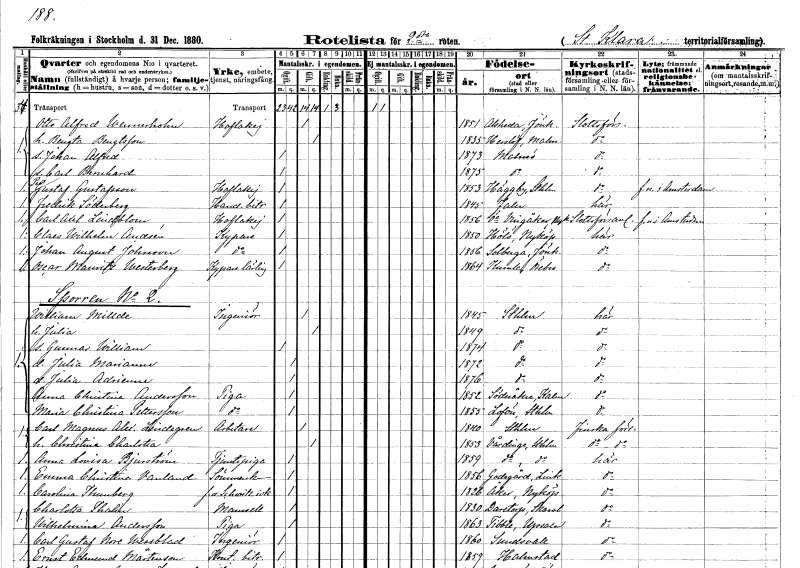
gt_parse: households: individuals: FN: Otto Alfred
EN: Wennerholm
YRKE: Hovlakej
KON: M
CIV: G
FODAR: 1851
FODFORS: Alseda Jönköpings län
FN: Bengta
EN: Bengtsson
KON: K
CIV: G
FODAR: 1835
FODFORS: Härslöv Malmöhus län
FN: Johan Alfred
KON: M
CIV: O
FODAR: 1873
FODFORS: Malmö Malmöhus län
FN: Carl Bernhard
KON: M
CIV: O
FODAR: 1875
FODFORS: Malmö Malmöhus län
FN: Per Gustaf
EN: Gustafsson
YRKE: Hovlakej
KON: M
CIV: O
FODAR: 1853
FODFORS: Häggeby Uppsala län
FN: Fredrik
EN: Söderberg
YRKE: Handelsbiträde
KON: M
CIV: O
FODAR: 1845
FODFORS: Falun Kopparbergs län
FN: Carl Axel
EN: Lindblom
YRKE: Hovlakej
KON: M
CIV: O
FODAR: 1856
FODFORS: Östra Vingåker Södermanlands län
FN: Claes Wilhelm
EN: Andsén
YRKE: Kypare
KON: M
CIV: O
FODAR: 1850
FODFORS: Hölö Stockholms län
FN: Johan August
EN: Johnson
YRKE: Kypare
KON: M
CIV: O
FODAR: 1856
FODFORS: Solberga Jönköpings län
FN: Oscar Mauritz
EN: Westerberg
YRKE: Kyparelärling
KON: M
CIV: O
FODAR: 1864
FODFORS: Kumla Örebro län
FN: William
EN: Millde
YRKE: Ingenjör
KON: M
CIV: G
FODAR: 1845
FODFORS: Stockholm
FN: Julia
KON: K
CIV: G
FODAR: 1849
FODFORS: Stockholm
FN: Gunnar William
KON: M
CIV: O
FODAR: 1874
FODFORS: Stockholm
FN: Julia Marianne
KON: K
CIV: O
FODAR: 1872
FODFORS: Stockholm
FN: Julia Adrienne
KON: K
CIV: O
FODAR: 1876
FODFORS: Stockholm
FN: Anna Christina
EN: Andersson
YRKE: Piga
KON: K
CIV: O
FODAR: 1852
FODFORS: Söderåkra Kalmar län
FN: Maria Christina
EN: Pettersson
YRKE: Piga
KON: K
CIV: O
FODAR: 1855
FODFORS: Lovö Stockholms län
FN: Carl Magnus Alexander
EN: Lindegren
YRKE: Arbetare
KON: M
CIV: G
FODAR: 1840
FODFORS: Stockholm
FN: Christina Charlotta
KON: K
CIV: G
FODAR: 1853
FODFORS: Vårdinge Stockholms län
FN: Anna Lovisa
EN: Bjurström
YRKE: Tjänstepiga
KON: K
CIV: O
FODAR: 1859
FODFORS: Vårdinge Stockholms län
FN: Emma Christina
EN: Vanland
YRKE: Sömmerska
KON: K
CIV: O
FODAR: 1856
FODFORS: Godegård Östergötlands län
FN: Carolina
EN: Thunberg
YRKE: Schweitzeriidkerska f.d.
KON: K
CIV: O
FODAR: 1826
FODFORS: Åker Södermanlands län
FN: Charlotta
EN: Thalin
KON: K
CIV: O
FODAR: 1830
FODFORS: Daretorp Skaraborgs län
FN: Wilhelmina
EN: Andersson
YRKE: Piga
KON: K
CIV: O
FODAR: 1863
FODFORS: Tibble Uppsala län